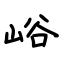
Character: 峪